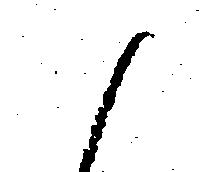
候